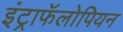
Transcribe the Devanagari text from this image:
इंट्राफॅलोपियन